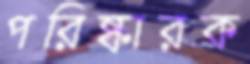
পরিষ্কারক